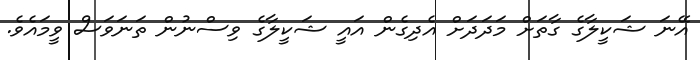
އޭނަ ޝަކީލާގެ ގާތަށް މަދަދަށް އެދިގެން އައީ ޝަކީލާގެ ވިސްނުން ތަނަވަސް ވީމައެވެ.